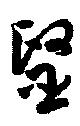
毉